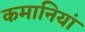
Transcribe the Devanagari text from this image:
कमानियां